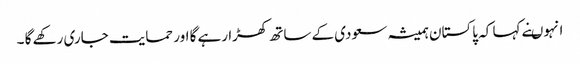
انہوںنے کہا کہ پاکستان ہمیشہ سعودی کے ساتھ کھڑا رہے گا اور حمایت جاری رکھے گا ۔